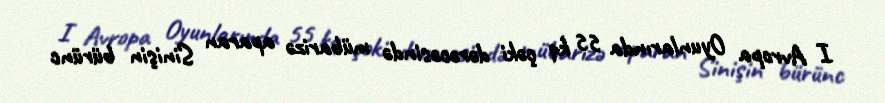
I Avropa Oyunlarında 55 kq çəki dərəcəsində mübarizə aparan Sinişin bürünc